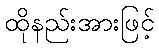
ထိုနည်းအားဖြင့်